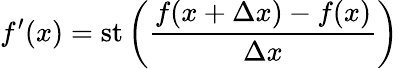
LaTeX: f^{\prime}(x)=\mathrm{{st}}\left({\frac{f(x+\Delta x)-f(x)}{\Delta x}}\right)